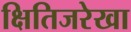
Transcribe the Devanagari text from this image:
क्षितिजरेखा